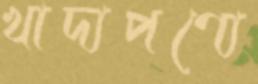
খাদ্যপণ্যে